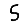
Digit: 5